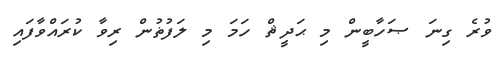
ވުރެ ގިނަ ޞަހާބީން މި ޙަދީޘް ހަމަ މި ލަފުޡުން ރިވާ ކުރައްވާފައި